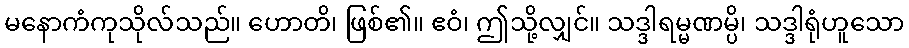
မနောကံကုသိုလ်သည်။ ဟောတိ၊ ဖြစ်၏။ ဧဝံ၊ ဤသို့လျှင်။ သဒ္ဒါရမ္မဏမ္ပိ၊ သဒ္ဒါရုံဟူသော